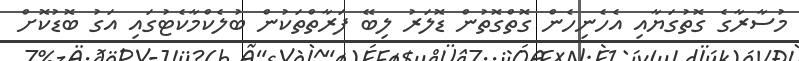
މުސާރާގެ ގޮތުގަޔާއި އެހެނިހެން ގޮތްގޮތުން ޑޮލަރު ލިބޭ ފަރާތްތަކުން ބުލެކްމާކެޓުގައި އަގު ބޮޑުކޮށް